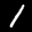
Label: 1